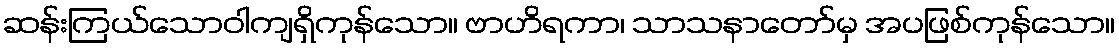
ဆန်းကြယ်သောဝါကျရှိကုန်သော။ ဗာဟိရကာ၊ သာသနာတော်မှ အပဖြစ်ကုန်သော။